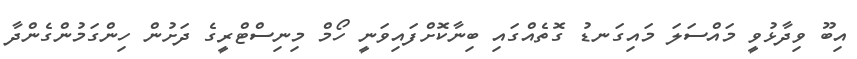
އިބޫ ވިދާޅުވީ މައްސަލަ މައިގަނޑު ގޮތެއްގައި ބިނާކޮށްފައިވަނީ ހޯމް މިނިސްޓްރީގެ ދަށުން ހިންގަމުންގެންދާ